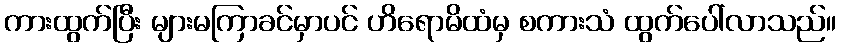
ကားထွက်ပြီး များမကြာခင်မှာပင် ဟိရောမိထံမှ စကားသံ ထွက်ပေါ်လာသည်။